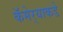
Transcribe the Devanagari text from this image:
कॅमेर्‍याकडे